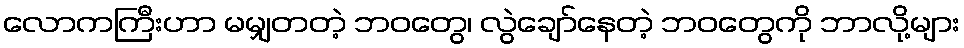
လောကကြီးဟာ မမျှတတဲ့ ဘဝတွေ၊ လွဲချော်နေတဲ့ ဘဝတွေကို ဘာလို့များ